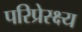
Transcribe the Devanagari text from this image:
परिप्रेस्क्ष्य